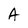
Character: A